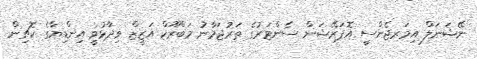
ނޭޝަނަލް އިމަރޖެންސީ އޮޕަރޭޝަން ސެންޓަރުގެ ތަރުޖަމާނު މަބްރޫކް އަޒީޒް ވިދާޅުވީ އިންޑިޔާގެ ކޮޗިން